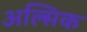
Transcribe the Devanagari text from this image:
अल्सिक